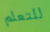
للتعلم